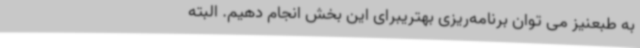
به طبعنیز می توان برنامه‌ریزی بهتریبرای این بخش انجام دهیم. البته